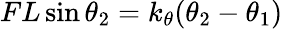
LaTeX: FL\sin\theta_{2}=k_{\theta}(\theta_{2}-\theta_{1})